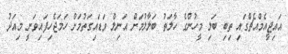
އައިޖީއެމްއެޗްގައި ތިބި ބަލި މީހުންގެ ހާލަތު ބަލާލުމަށް އަނިލް ވަޑައިގަތުމަށް ހަމަޖެހިފައިވަނީ މިއަދު